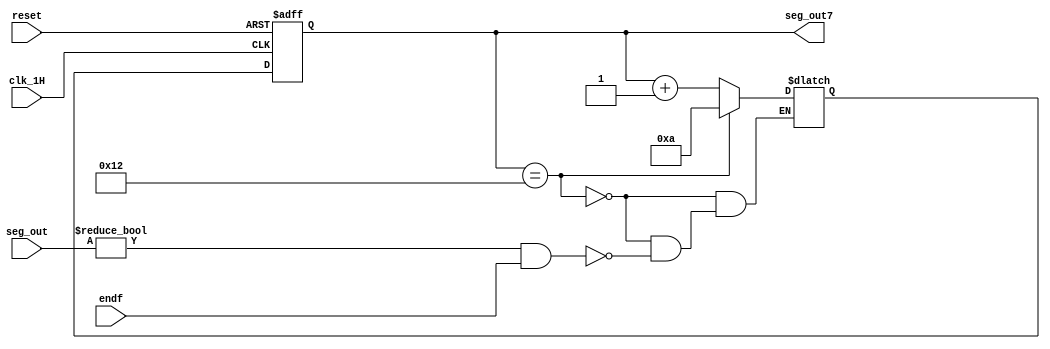
`timescale 1ns / 1ps
//////////////////////////////////////////////////////////////////////////////////
// Company: 
// Engineer: 
// 
// Design Name: 
// Module Name: user_module7
// Project Name: 
// Target Devices: 
// Tool Versions: 
// Description: 
// 
// Dependencies: 
// 
// Revision:
// Revision 0.01 - File Created
// Additional Comments:
// 
//////////////////////////////////////////////////////////////////////////////////



module user_module7(
   input clk_1H,
   input reset,
   input endf,
   input [9:0] seg_out,
   output [4:0]seg_out7
   );
   reg [4:0] count_reg=5'd10;
   
   reg [4:0] count_next=5'd10;
   always @(posedge clk_1H or posedge reset)
   begin
   if (reset)
   count_reg<=5'd10;
   else
   count_reg<=count_next;
   end
   always@(*)
   begin
    if (count_reg ==5'd18)
   count_next=5'd10;
   else if (seg_out!=10'd0 && endf)
   count_next=count_reg+1;
 
   end
  assign seg_out7=count_reg;
  
endmodule